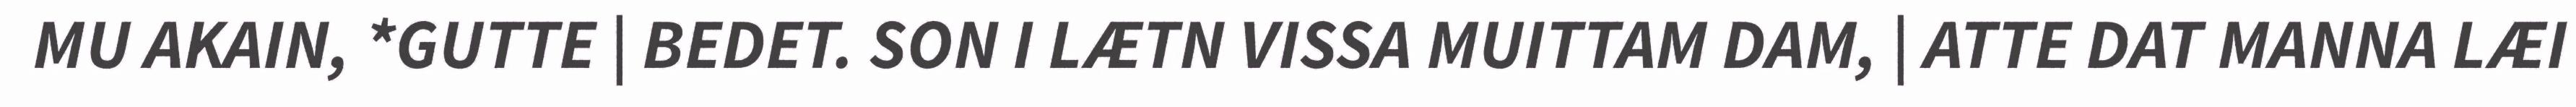
MU AKAIN, *GUTTE | BEDET. SON I LÆTN VISSA MUITTAM DAM, | ATTE DAT MANNA LÆI